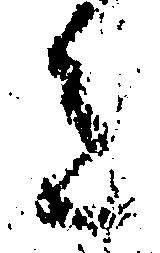
意